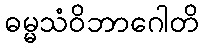
ဓမ္မသံဝိဘာဂေါတိ